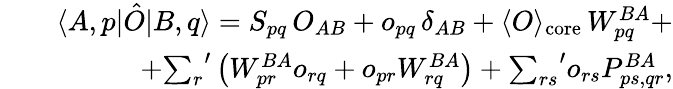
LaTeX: \begin{array}{rlr}&{}&{\langle A,p|\hat{O}|B,q\rangle=S_{pq}\, O_{AB}+o_{pq}\, \delta_{AB}+\langle O\rangle_{\mathrm{core}}\, W_{pq}^{BA}+}\\ &{}&{+{\sum_{r}}^{\prime}\left(W_{pr}^{BA}o_{rq}+o_{pr}W_{rq}^{BA}\right)+{\sum_{rs}}^{\prime}o_{rs}P_{ps,qr}^{BA},}\end{array}